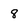
Character: 8